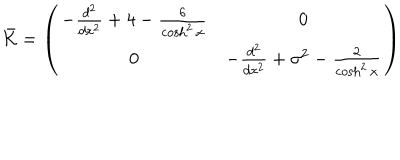
LaTeX: \bar { \cal K } = \left( \begin{array} { c c } { { - \frac { d ^ { 2 } } { d x ^ { 2 } } + 4 - \frac { 6 } { \cosh ^ { 2 } x } } } & { { 0 } } \\ { { 0 } } & { { - \frac { d ^ { 2 } } { d x ^ { 2 } } + \sigma ^ { 2 } - \frac { 2 } { \cosh ^ { 2 } x } } } \\ \end{array} \right)